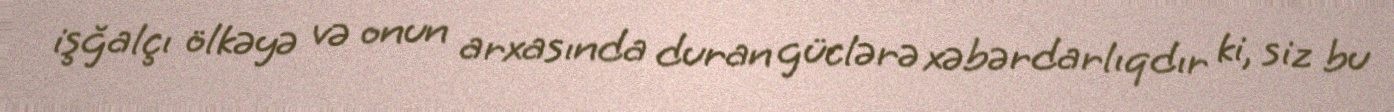
işğalçı ölkəyə və onun arxasında duran güclərə xəbərdarlıqdır ki, siz bu